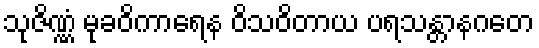
သုဇိဏ္ဏံ မုခဝိကာရေန ဝိသဝိတာယ ပရသန္တာနဂတေ